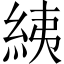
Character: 𦀊